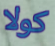
كولا